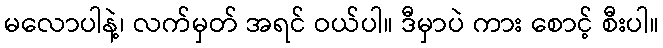
မလောပါနဲ့၊ လက်မှတ် အရင် ဝယ်ပါ။ ဒီမှာပဲ ကား စောင့် စီးပါ။